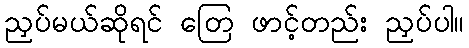
ညှပ်မယ်ဆိုရင် တြေ ဖာင့်တည်း ညှပ်ပါ။